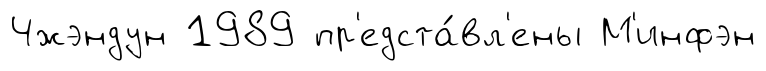
Чжэндун 1989 пр'едста́вл'ены М'инфэн